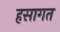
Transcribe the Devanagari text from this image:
हसागत